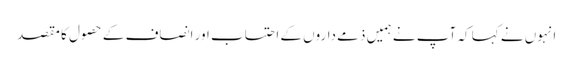
انہوں نے کہا کہ آپ نے ہمیں ذمے داروں کے احتساب اور انصاف کے حصول کا مقصد